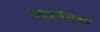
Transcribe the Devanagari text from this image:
नवप्रर्वतक